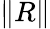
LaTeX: \| R\|